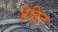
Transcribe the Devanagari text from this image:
हेड्रिन